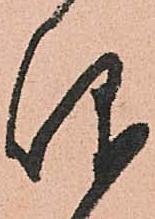
仰